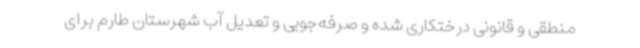
منطقی و قانونی درختکاری شده و صرفه‌جویی و تعدیل آب شهرستان طارم برای